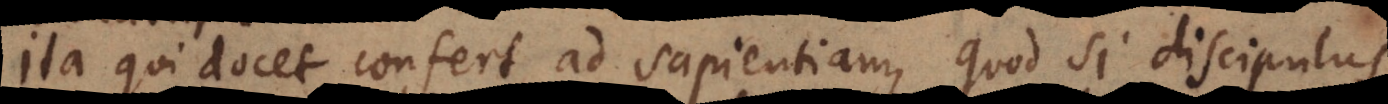
Ita qui docet confert ad sapientiam, quod si discipulus